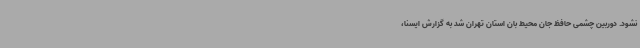
نشود. دوربین چشمی حافظ جان محیط بان استان تهران شد به گزارش ایسنا،